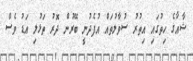
ޝާޢާގެ ހިތުގައި އިތުރު ސުވާލުތައް އުފެދުނީ ބޭރުން ދޮރު ތަޅުލި އަޑު ވެސް